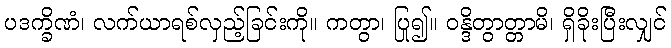
ပဒက္ခိဏံ၊ လက်ယာရစ်လှည့်ခြင်းကို။ ကတွာ၊ ပြု၍။ ဝန္ဒိတွာတ္တာမိ၊ ရှိခိုးပြီးလျှင်